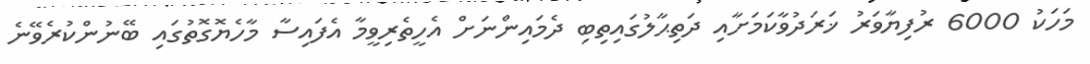
މަހަކު 6000 ރުފިޔާވަރު ޚަރަދުވާކަމަށާއި ދަތިޙާލުގައިތިބި ދެމައިންނަށް އެހީތެރިވީމާ އެފައިސާ މާހެޔޮގޮތުގައި ބޭނުންކުރެވޭނެ